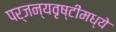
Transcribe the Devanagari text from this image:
पर्जन्यवृष्टीमध्ये